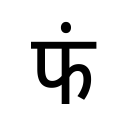
OCR:
फं